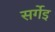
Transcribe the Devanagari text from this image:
सर्गेइ